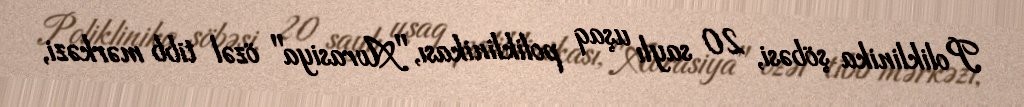
Poliklinika şöbəsi, 20 saylı uşaq poliklinikası, "Avrasiya" özəl tibb mərkəzi,